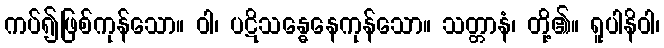
ကပ်၍ဖြစ်ကုန်သော။ ဝါ၊ ပဋိသန္ဓေနေကုန်သော။ သတ္တာနံ၊ တို့၏။ ရူပါနိဝါ၊